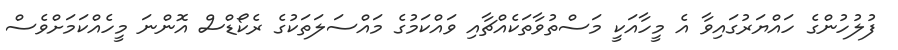
ފުލުހުންގެ ހައްޔަރުގައިވާ އެ މީހާއަކީ މަސްތުވާތަކެއްޗާއި ވައްކަމުގެ މައްސަލަތަކުގެ ރެކޯޑްސް އޮންނަ މީހެއްކަމަށްވެސް